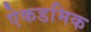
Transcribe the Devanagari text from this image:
ऐकडमिक